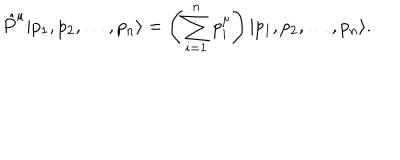
LaTeX: \hat { P } ^ { \mu } | p _ { 1 } , p _ { 2 } , \dots , p _ { n } \rangle = \left( \sum _ { i = 1 } ^ { n } p _ { i } ^ { \mu } \right) | p _ { 1 } , p _ { 2 } , \dots , p _ { n } \rangle .